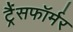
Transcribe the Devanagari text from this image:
ट्रैंसफॉर्मर